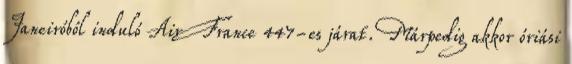
Janeiróból induló Air France 447-es járat. Márpedig akkor óriási